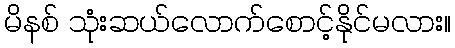
မိနစ် သုံးဆယ်လောက်စောင့်နိုင်မလား။